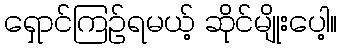
ရှောင်ကြဉ်ရမယ့် ဆိုင်မျိုးပေါ့။